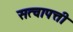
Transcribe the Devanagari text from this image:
सत्वापत्ती